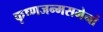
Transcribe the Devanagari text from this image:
कृष्णजन्मसमेनां